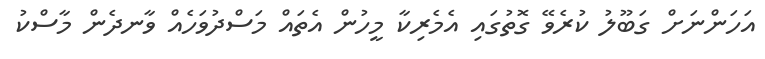
އަހަންނަށް ގަބޫލު ކުރެވޭ ގޮތުގައި އެމެރިކާ މީހުން އެތައް މަސްދުވަހެއް ވާނދެން މާސްކު